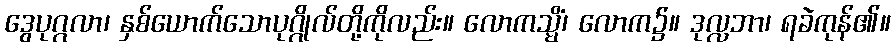
ဒွေပုဂ္ဂလာ၊ နှစ်ယောက်သောပုဂ္ဂိုလ်တို့ကိုလည်း။ လောကသ္မိံ၊ လောက၌။ ဒုလ္လဘာ၊ ရခဲကုန်၏။